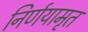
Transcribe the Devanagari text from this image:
निर्णयामृत